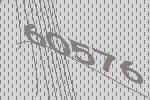
60576